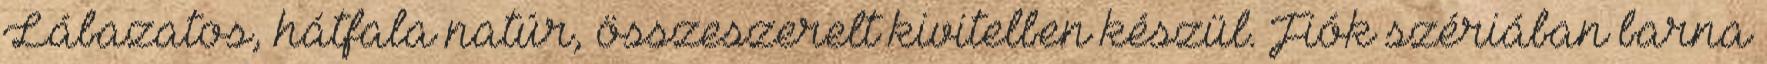
Lábazatos, hátfala natúr, összeszerelt kivitelben készül. Fiók szériában barna